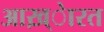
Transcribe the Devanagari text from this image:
आख़्ेारत